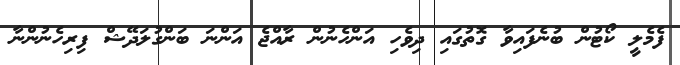
ފެމެލީ ކޯޓުން ބުނެފައިވާ ގޮތުގައި ދިވެހި އަންހެނުން ރާއްޖެ އަންނަ ބަންގުލަދޭޝް ފިރިހެނުންނާ